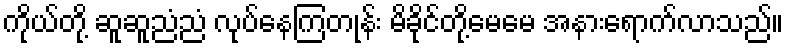
ကိုယ်တို့ ဆူဆူညံညံ လုပ်နေကြတုန်း မိခိုင်တို့မေမေ အနားရောက်လာသည်။